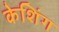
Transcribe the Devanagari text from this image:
केशिंग